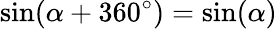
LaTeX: \sin(\alpha+360^{\circ})=\sin(\alpha)